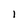
Character: 1